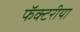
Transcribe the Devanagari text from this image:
फॅक्टरीया